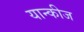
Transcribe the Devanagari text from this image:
यान्कीज